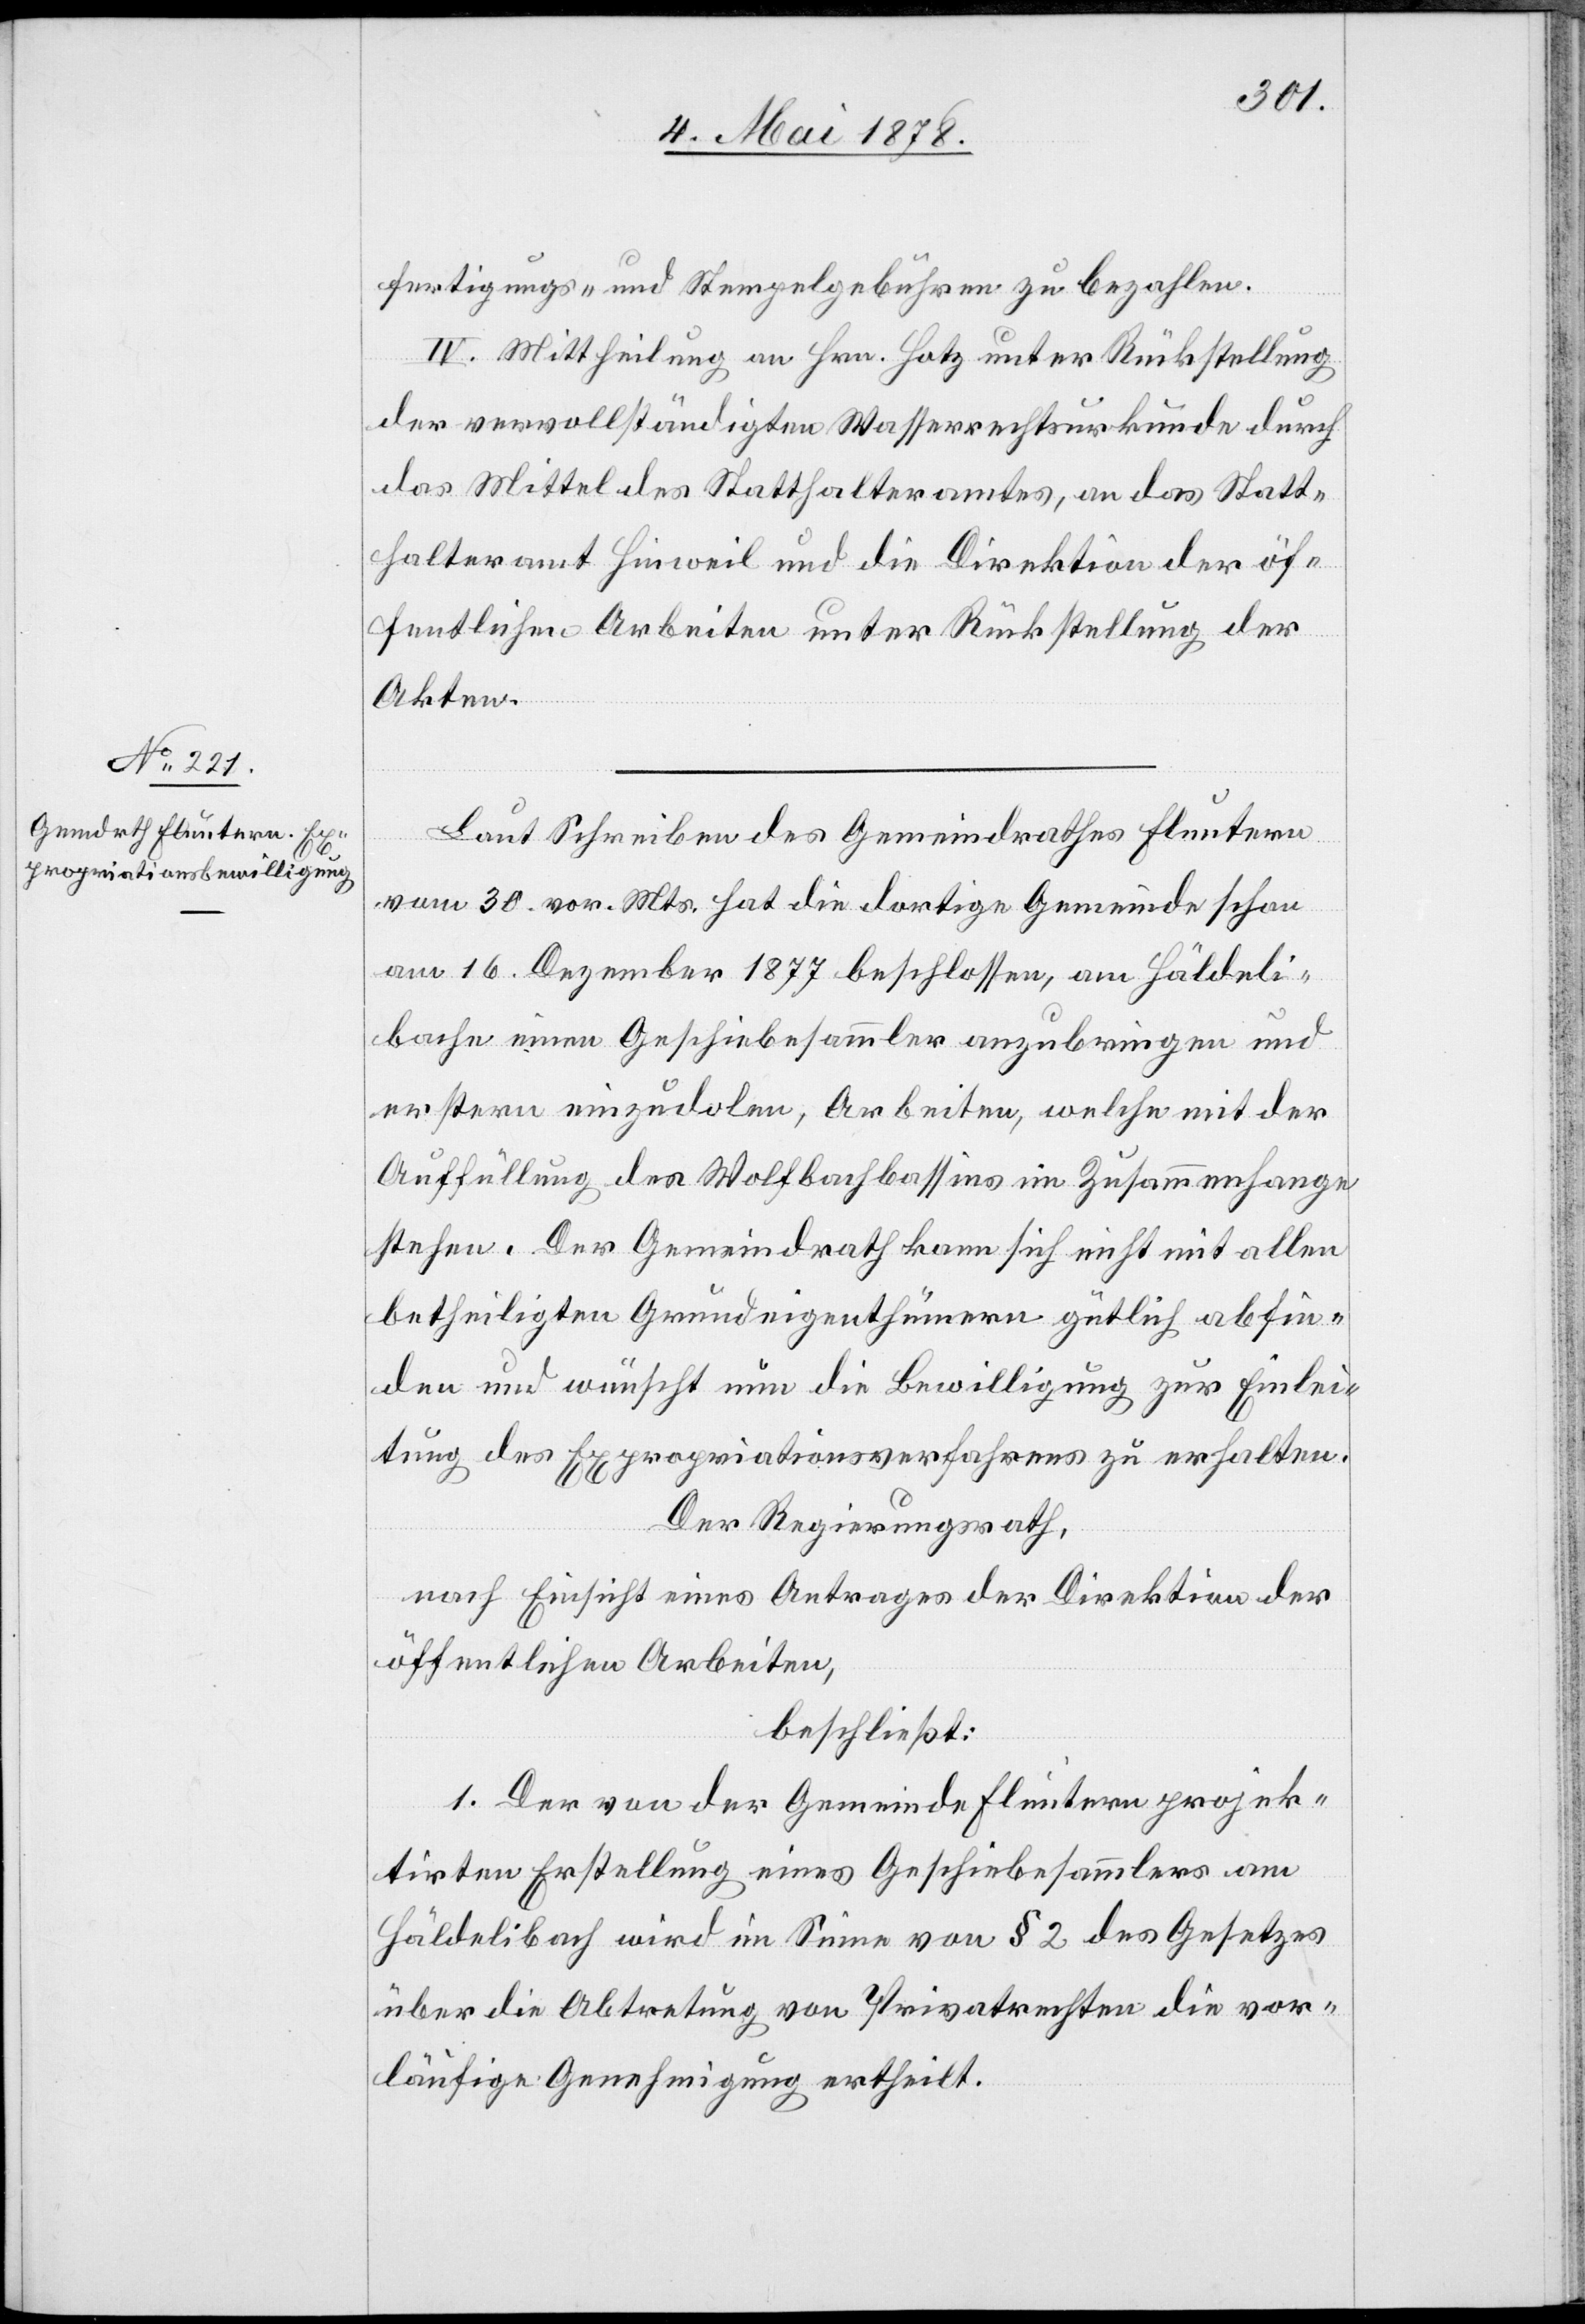
fertigungs- und Stempelgebühren zu bezahlen.
IV. Mittheilung an Hrn. Hotz unter Rückstellung
der vervollständigten Wasserrechtsurkunde durch
das Mittel des Statthalteramtes, an das Statt¬
halteramt Hinweil und die Direktion der öf¬
fentlichen Arbeiten unter Rückstellung der
Akten.
Laut Schreiben des Gemeindrathes Fluntern
vom 30. vor. Mts. hat die dortige Gemeinde schon
am 16. Dezember 1877 beschlossen, am Häldeli¬
bache einen Geschiebesammler anzubringen und
erstern einzudolen, Arbeiten, welche mit der
Auffüllung des Wolfbachbassins im Zusammenhange
stehen. Der Gemeindrath kann sich nicht mit allen
betheiligten Grundeigenthümern gütlich abfin¬
den und wünscht nun die Bewilligung zur Einlei¬
tung des Expropriationsverfahrens zu erhalten.
Der Regierungsrath,
nach Einsicht eines Antrages der Direktion der
öffentlichen Arbeiten,
beschließt:
1. Der von der Gemeinde Fluntern projek¬
tirten Erstellung eines Geschiebesammlers am
Häldelibach wird im Sinne von § 2 des Gesetzes
über die Abtretung von Privatrechten die vor¬
läufige Genehmigung ertheilt.